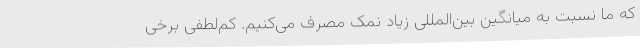
که ما نسبت به میانگین بین‌المللی زیاد نمک مصرف می‌کنیم. کم‌لطفی برخی